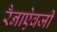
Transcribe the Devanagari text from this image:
रैनाऐवजी